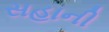
સહાની